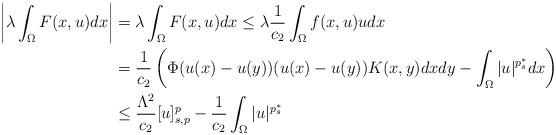
LaTeX: \begin{align*}\left|\lambda\int_{\Omega}F(x,u)dx\right|&=\lambda\int_{\Omega}F(x,u)dx\leq \lambda\frac{1}{c_{2}}\int_{\Omega}f(x,u)u dx\\&=\frac{1}{c_{2}}\left(\Phi(u(x)-u(y))(u(x)-u(y))K(x,y)dxdy -\int_\Omega |u|^{p^{\ast}_{s}}dx\right)\\&\leq\frac{\Lambda^{2}}{c_{2}}[u]^{p}_{s,p}-\frac{1}{c_{2}}\int_{\Omega}|u|^{p_{s}^{\ast}}\end{align*}